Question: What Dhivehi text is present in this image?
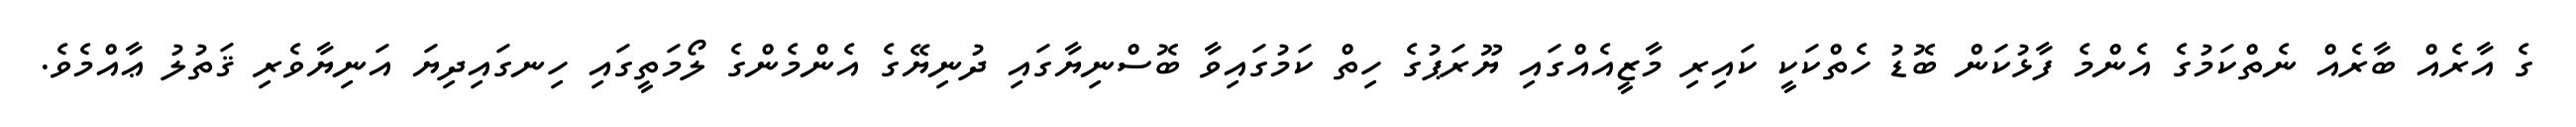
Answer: ގެ އާރެއް ބާރެއް ނެތްކަމުގެ އެންމެ ފާޅުކަން ބޮޑު ހެތްކަކީ ކައިރި މާޒީއެއްގައި ޔޫރަޕުގެ ހިތް ކަމުގައިވާ ބޮސްނިޔާގައި ދުނިޔޭގެ އެންމެންގެ ލޯމަތީގައި ހިނގައިދިޔަ އަނިޔާވެރި ޤަތުލު ޢާއްމެވެ.